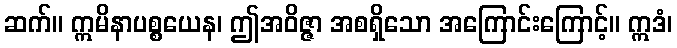
ဆက်။ ဣမိနာပစ္စယေန၊ ဤအဝိဇ္ဇာ အစရှိသော အကြောင်းကြောင့်။ ဣဒံ၊